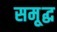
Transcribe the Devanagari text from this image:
समृ्द्ध